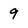
Character: 9